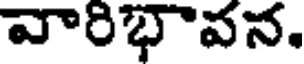
వారిభావన.